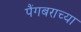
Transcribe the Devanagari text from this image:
पैंगबराच्या